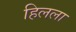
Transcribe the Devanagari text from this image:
हिलला